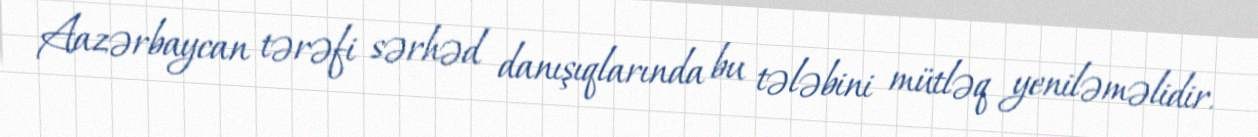
Aazərbaycan tərəfi sərhəd danışıqlarında bu tələbini mütləq yeniləməlidir.